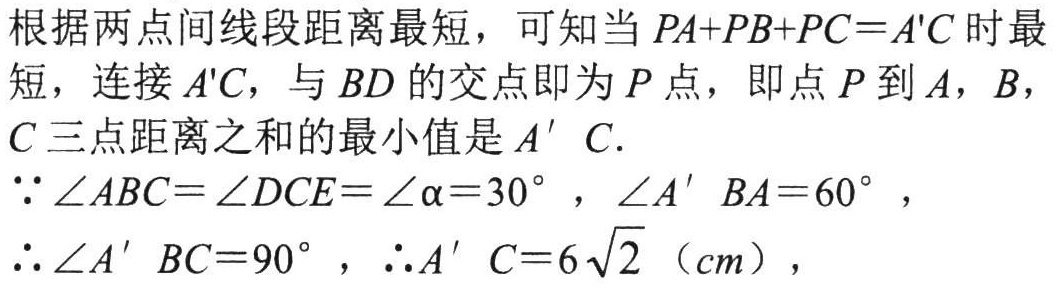
根据两点间线段距离最短，可知当 \(PA + PB + PC = A'C\) 时最短，连接 \(A'C\)，与 \(BD\) 的交点即为 \(P\) 点，即点 \(P\) 到 \(A\)，\(B\)，\(C\) 三点距离之和的最小值是 \(A'C\).
\(\because\angle ABC=\angle DCE=\angle\alpha = 30^{\circ}\)，\(\angle A'BA = 60^{\circ}\)，
\(\therefore\angle A'BC = 90^{\circ}\)，\(\therefore A'C = 6\sqrt{2}\)（\(cm\)），